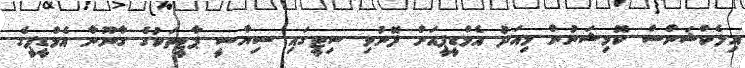
އިލެކްޝަންސް ކޮމިޝަނުން މިއަދު އެމްޑީޕީއަށް ފޮނުވި ސިޓީގައި ސިޔާސީ ޕާޓީތަކުގެ ގާނޫނާ އެމްޑީޕީގެ